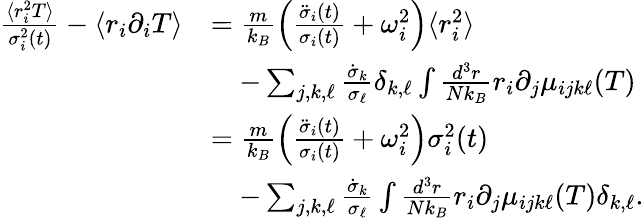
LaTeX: \begin{array}{rl}{\frac{\langle r_{i}^{2}T\rangle}{\sigma_{i}^{2}(t)}-\langle r_{i}\partial_{i}T\rangle}&{=\frac{m}{k_{B}}\left(\frac{\ddot{\sigma}_{i}(t)}{\sigma_{i}(t)}+\omega_{i}^{2}\right)\langle r_{i}^{2}\rangle}\\ &{\quad-\sum_{j,k,\ell}\frac{\dot{\sigma}_{k}}{\sigma_{\ell}}\delta_{k,\ell}\int\frac{d^{3}r}{Nk_{B}}r_{i}\partial_{j}\mu_{ijk\ell}(T)}\\ &{=\frac{m}{k_{B}}\left(\frac{\ddot{\sigma}_{i}(t)}{\sigma_{i}(t)}+\omega_{i}^{2}\right)\sigma_{i}^{2}(t)}\\ &{\quad-\sum_{j,k,\ell}\frac{\dot{\sigma}_{k}}{\sigma_{\ell}}\int\frac{d^{3}r}{Nk_{B}}r_{i}\partial_{j}\mu_{ijk\ell}(T)\delta_{k,\ell}.}\end{array}